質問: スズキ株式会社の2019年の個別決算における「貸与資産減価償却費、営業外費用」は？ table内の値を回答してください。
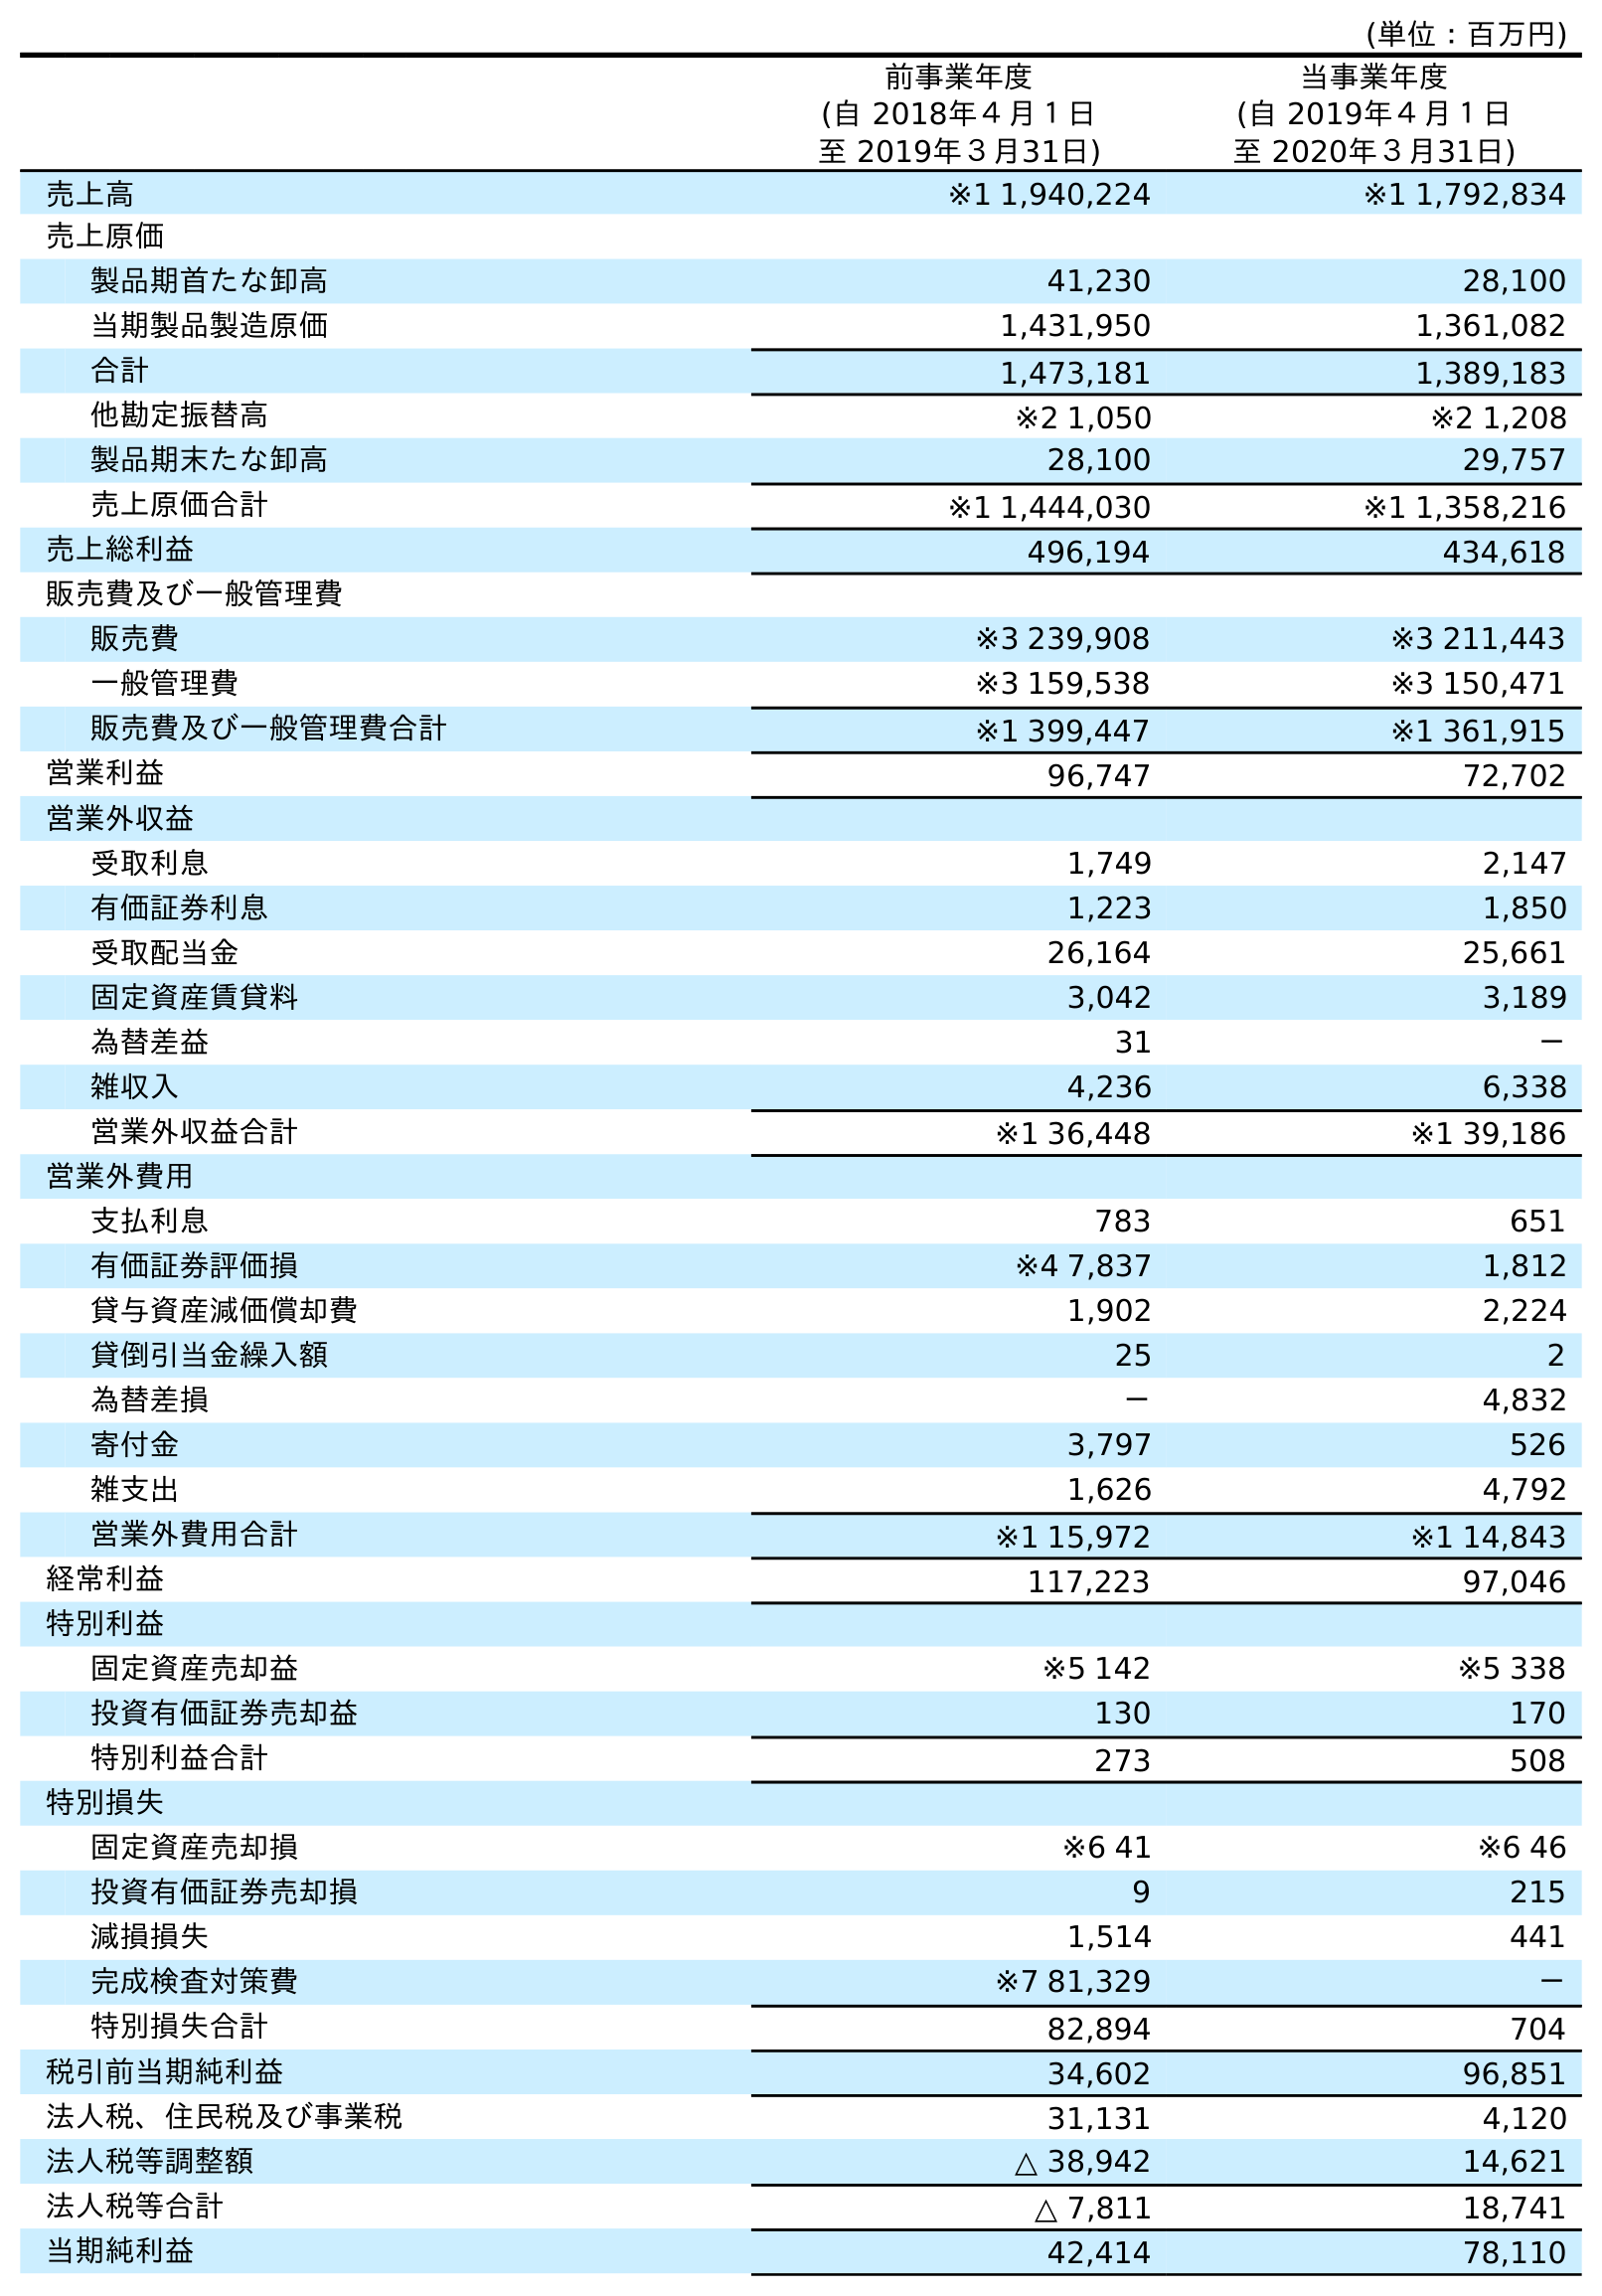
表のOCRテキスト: (単位：百万円) 前事業年度 (自 2018年４月１日 至 2019年３月31日) 当事業年度 (自 2019年４月１日 至 2020年３月31日) 売上高 ※1 1,940,224 ※1 1,792,834 売上原価 製品期首たな卸高 41,230 28,100 当期製品製造原価 1,431,950 1,361,082 合計 1,473,181 1,389,183 他勘定振替高 ※2 1,050 ※2 1,208 製品期末たな卸高 28,100 29,757 売上原価合計 ※1 1,444,030 ※1 1,358,216 売上総利益 496,194 434,618 販売費及び一般管理費 販売費 ※3 239,908 ※3 211,443 一般管理費 ※3 159,538 ※3 150,471 販売費及び一般管理費合計 ※1 399,447 ※1 361,915 営業利益 96,747 72,702 営業外収益 受取利息 1,749 2,147 有価証券利息 1,223 1,850 受取配当金 26,164 25,661 固定資産賃貸料 3,042 3,189 為替差益 31 － 雑収入 4,236 6,338 営業外収益合計 ※1 36,448 ※1 39,186 営業外費用 支払利息 783 651 有価証券評価損 ※4 7,837 1,812 貸与資産減価償却費 1,902 2,224 貸倒引当金繰入額 25 2 為替差損 － 4,832 寄付金 3,797 526 雑支出 1,626 4,792 営業外費用合計 ※1 15,972 ※1 14,843 経常利益 117,223 97,046 特別利益 固定資産売却益 ※5 142 ※5 338 投資有価証券売却益 130 170 特別利益合計 273 508 特別損失 固定資産売却損 ※6 41 ※6 46 投資有価証券売却損 9 215 減損損失 1,514 441 完成検査対策費 ※7 81,329 － 特別損失合計 82,894 704 税引前当期純利益 34,602 96,851 法人税、住民税及び事業税 31,131 4,120 法人税等調整額 △ 38,942 14,621 法人税等合計 △ 7,811 18,741 当期純利益 42,414 78,110
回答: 1,902